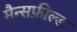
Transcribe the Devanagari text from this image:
मैन्सफ़ील्ड